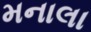
મનાલા